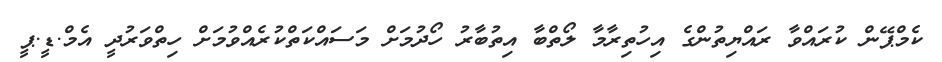
ކެމްޕޭން ކުރައްވާ ރައްޔިތުންގެ އިހުތިރާމާ ލޯތްބާ އިތުބާރު ހޯދުމަށް މަސައްކަތްކުރެެއްވުުމަށް ހިތްވަރުދީ އެމް.ޑީ.ޕީ